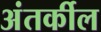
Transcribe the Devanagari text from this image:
अंतर्कील